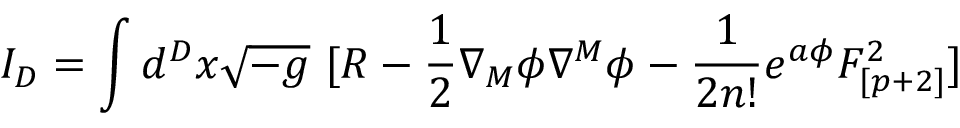
I _ { D } = \int d ^ { D } x \sqrt { - g } ~ [ R - { \frac { 1 } { 2 } } \nabla _ { M } \phi \nabla ^ { M } \phi - { \frac { 1 } { 2 n ! } } e ^ { a \phi } F _ { [ p + 2 ] } ^ { 2 } ]